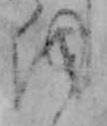
を